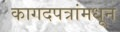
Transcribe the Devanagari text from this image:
कागदपत्रांमधून